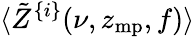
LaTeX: \langle\tilde{Z}^{\{ i\} }(\nu,z_{\mathrm{mp}},f)\rangle